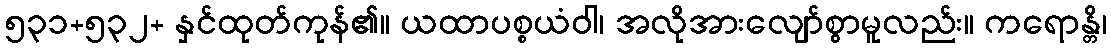
၅၃၁+၅၃၂+ နှင်ထုတ်ကုန်၏။ ယထာပစ္စယံဝါ၊ အလိုအားလျော်စွာမူလည်း။ ကရောန္တိ၊